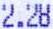
2.28